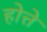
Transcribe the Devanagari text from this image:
होत्ते